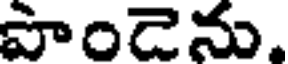
పొండెను.